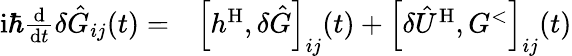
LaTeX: \begin{array}{rl}{\mathrm{i}\hbar\frac{\mathrm{d}}{\mathrm{d}t}\delta\hat{G}_{ij}(t)=}&{{}\Big[h^{\mathrm{H}},\delta\hat{G}\Big]_{ij}(t)+\Big[\delta\hat{U}^{\mathrm{H}},G^{<}\Big]_{ij}(t)}\end{array}